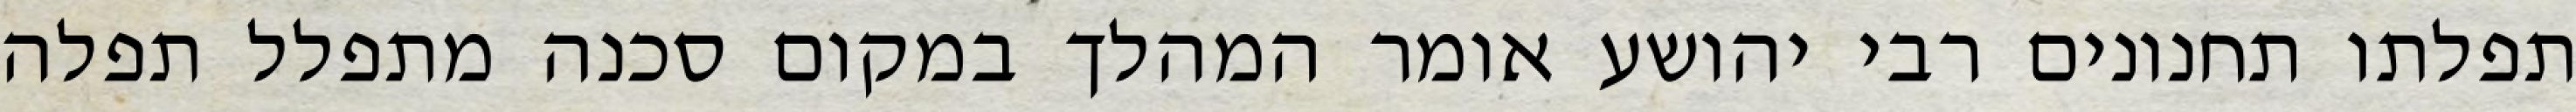
תפלתו תחנונים רבי יהושע אומר המהלך במקום סכנה מתפלל תפלה